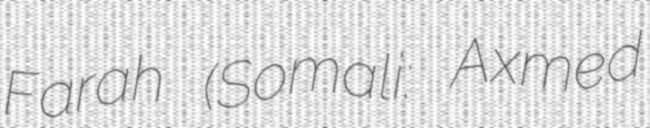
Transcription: Farah (Somali: Axmed